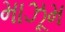
માઝૂમ